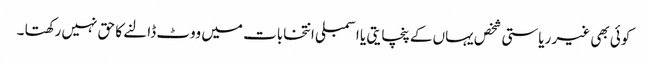
کوئی بھی غیر ریاستی شخص یہاں کے پنچایتی یا اسمبلی انتخابات میں ووٹ ڈالنے کا حق نہیں رکھتا ۔